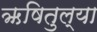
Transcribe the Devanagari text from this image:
ऋषितुल्या